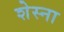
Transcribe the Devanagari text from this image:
शेस्ना